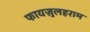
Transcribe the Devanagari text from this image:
फायज़ुलहराम